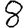
Digit: 8